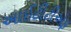
આઈટીટીએફ